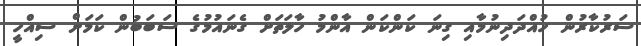
ސަރުކާރުން ހުއްދަދިނުމާއި ގިނަ ކަންކަން އާންމު ހާލަތަށް ގެނައުމުގެ ސަބަބުން ކަމަށް ސިއްހީ